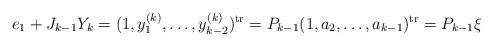
LaTeX: \begin{align*}e_1+J_{k-1}Y_{k}=(1,y_1^{(k)},\ldots,y_{k-2}^{(k)})^{{\rm tr}}=P_{k-1}(1,a_2,\ldots,a_{k-1})^{{\rm tr}}=P_{k-1}\xi\end{align*}